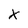
Character: x